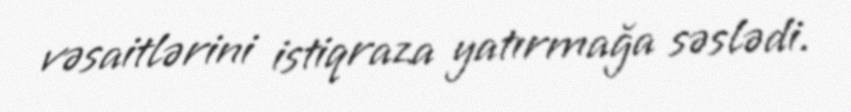
vəsaitlərini istiqraza yatırmağa səslədi.